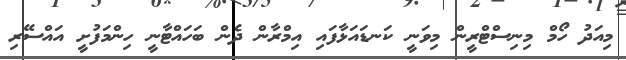
މިއަދު ހޯމް މިނިސްޓްރީން މިވަނީ ކަނޑައަޅާފައި އިމްރާން ދެން ބަހައްޓާނީ ހިންމަފުށީ އައްސޭރި